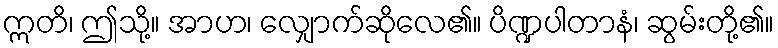
ဣတိ၊ ဤသို့။ အာဟ၊ လျှောက်ဆိုလေ၏။ ပိဏ္ဍပါတာနံ၊ ဆွမ်းတို့၏။